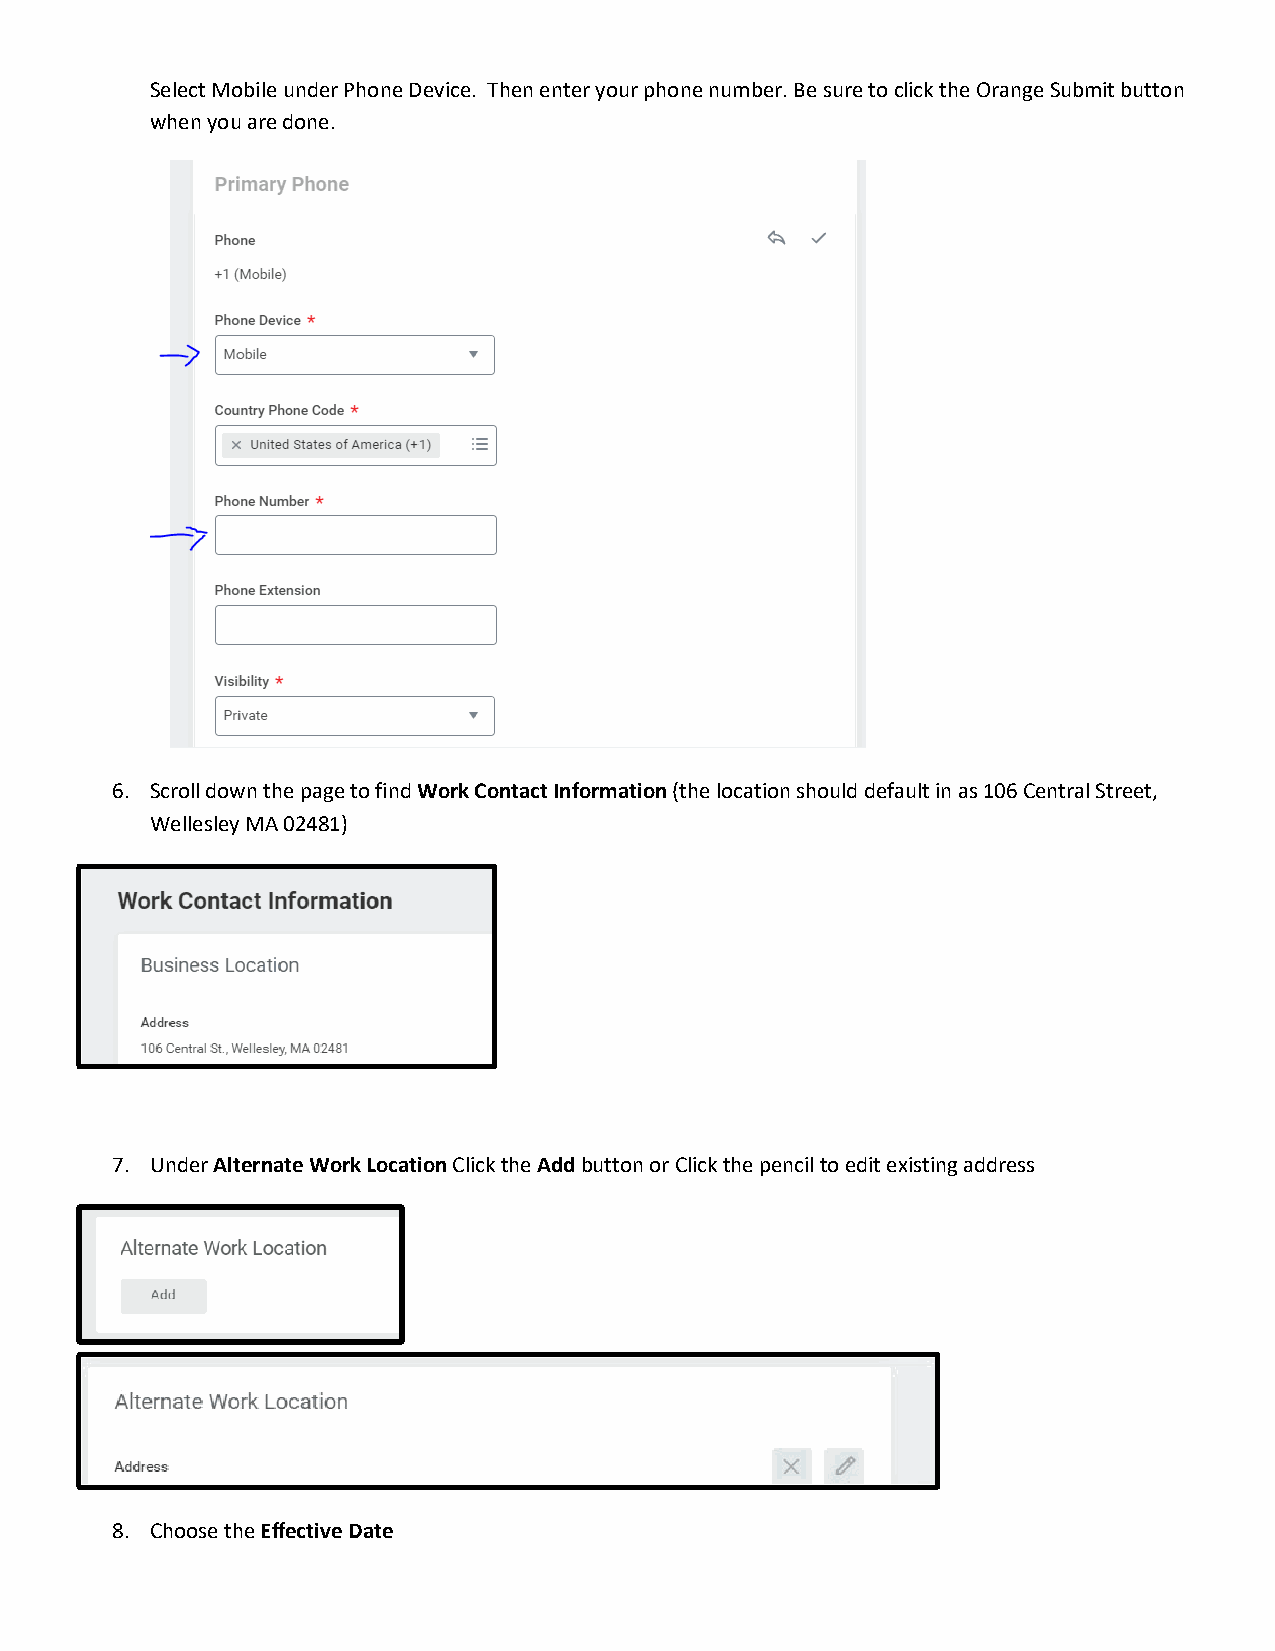
Select Mobile under Phone Device. Then enter your phone number. Be sure to click the Orange Submit button
 when you are done.
 6. Scroll down the page to find Work Contact Information (the location should default in as 106 Central Street,
 Wellesley MA 02481)
 7. Under Alternate Work Location Click the Add button or Click the pencil to edit existing address
 8. Choose the Effective Date